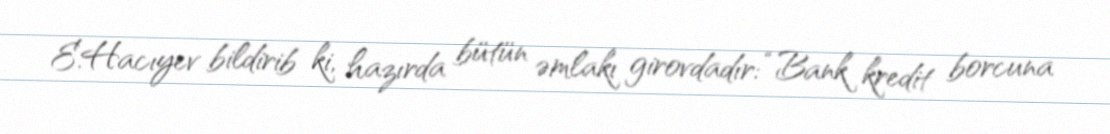
E.Hacıyev bildirib ki, hazırda bütün əmlakı girovdadır: “Bank kredit borcuna